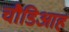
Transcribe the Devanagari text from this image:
चौडिआह